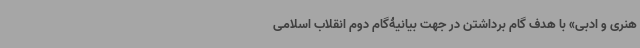
هنری و ادبی» با هدف گام برداشتن در جهت بیانیۀگام دوم انقلاب اسلامی